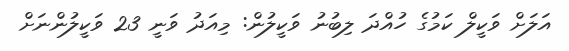
އަލަށް ވަކީލް ކަމުގެ ހުއްދަ ލިބުނު ވަކީލުން: މިއަދު ވަނީ 23 ވަކީލުންނަށް